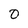
Character: 0